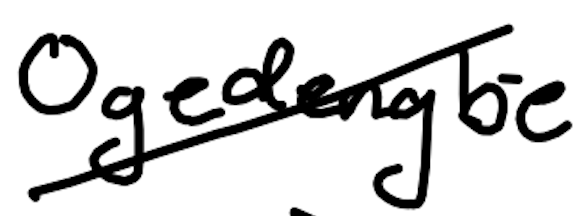
Text: Ogedengbe
Cross-out: diagonal
Writing tool: digital_black